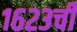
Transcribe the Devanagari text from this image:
१६२३ची